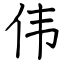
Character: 伟